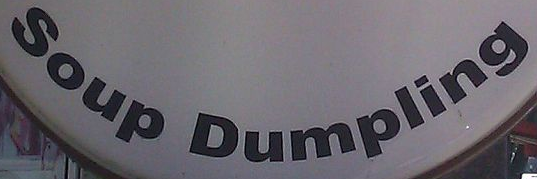
Soup Dumpling